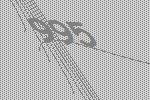
995